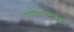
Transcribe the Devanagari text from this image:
राज्यघटनेशी